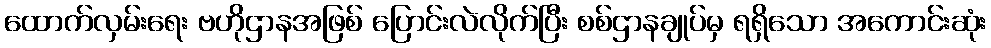
ထောက်လှမ်းရေး ဗဟိုဌာနအဖြစ် ပြောင်းလဲလိုက်ပြီး စစ်ဌာနချုပ်မှ ရရှိသော အကောင်းဆုံး